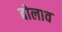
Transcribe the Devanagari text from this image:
बोलाव